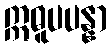
ဣဓူပပန္နာ